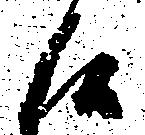
候